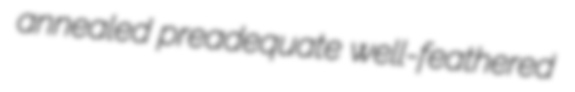
annealed preadequate well-feathered